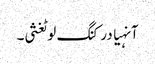
آنہیا درکنگ لوٹغثی۔